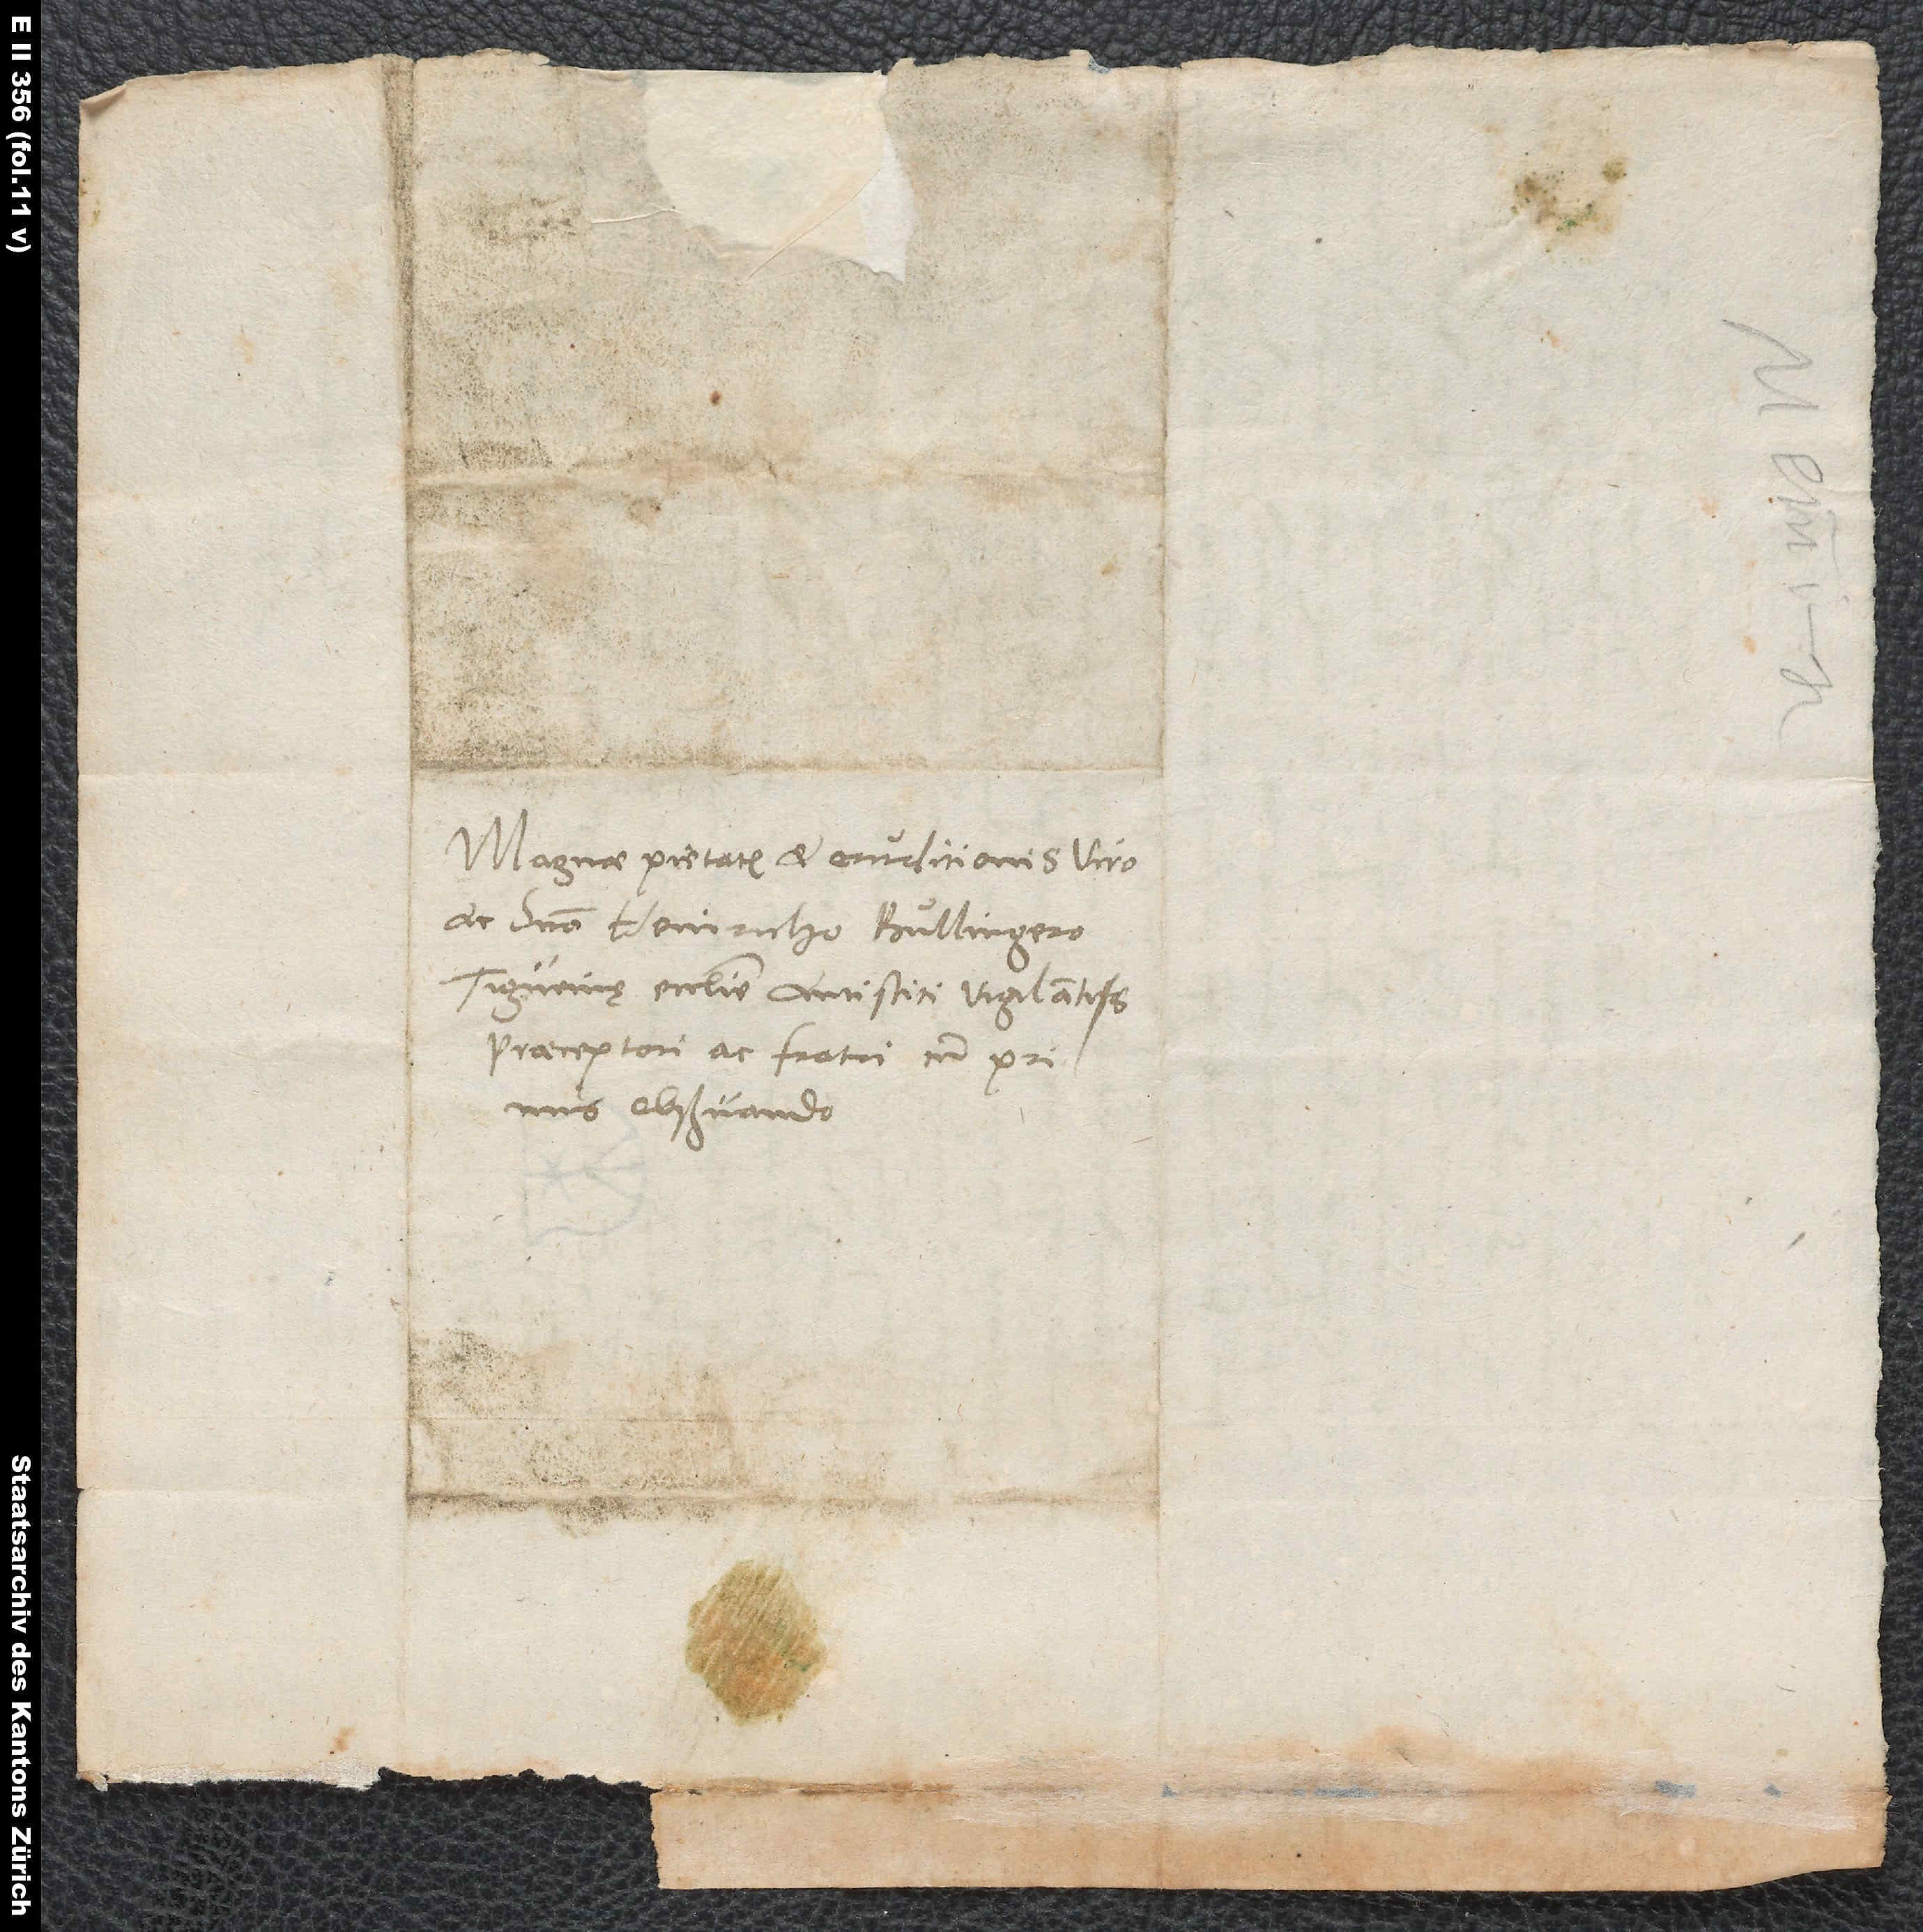
Magnae pietatis et eruditionis viro
ac domino Heinricho Bullingero,
Tigurinę ecclesie antistiti vigilantissimo,
praeceptori ac fratri cum primis
observando.